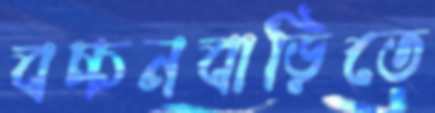
বচ্চনবাড়িতে